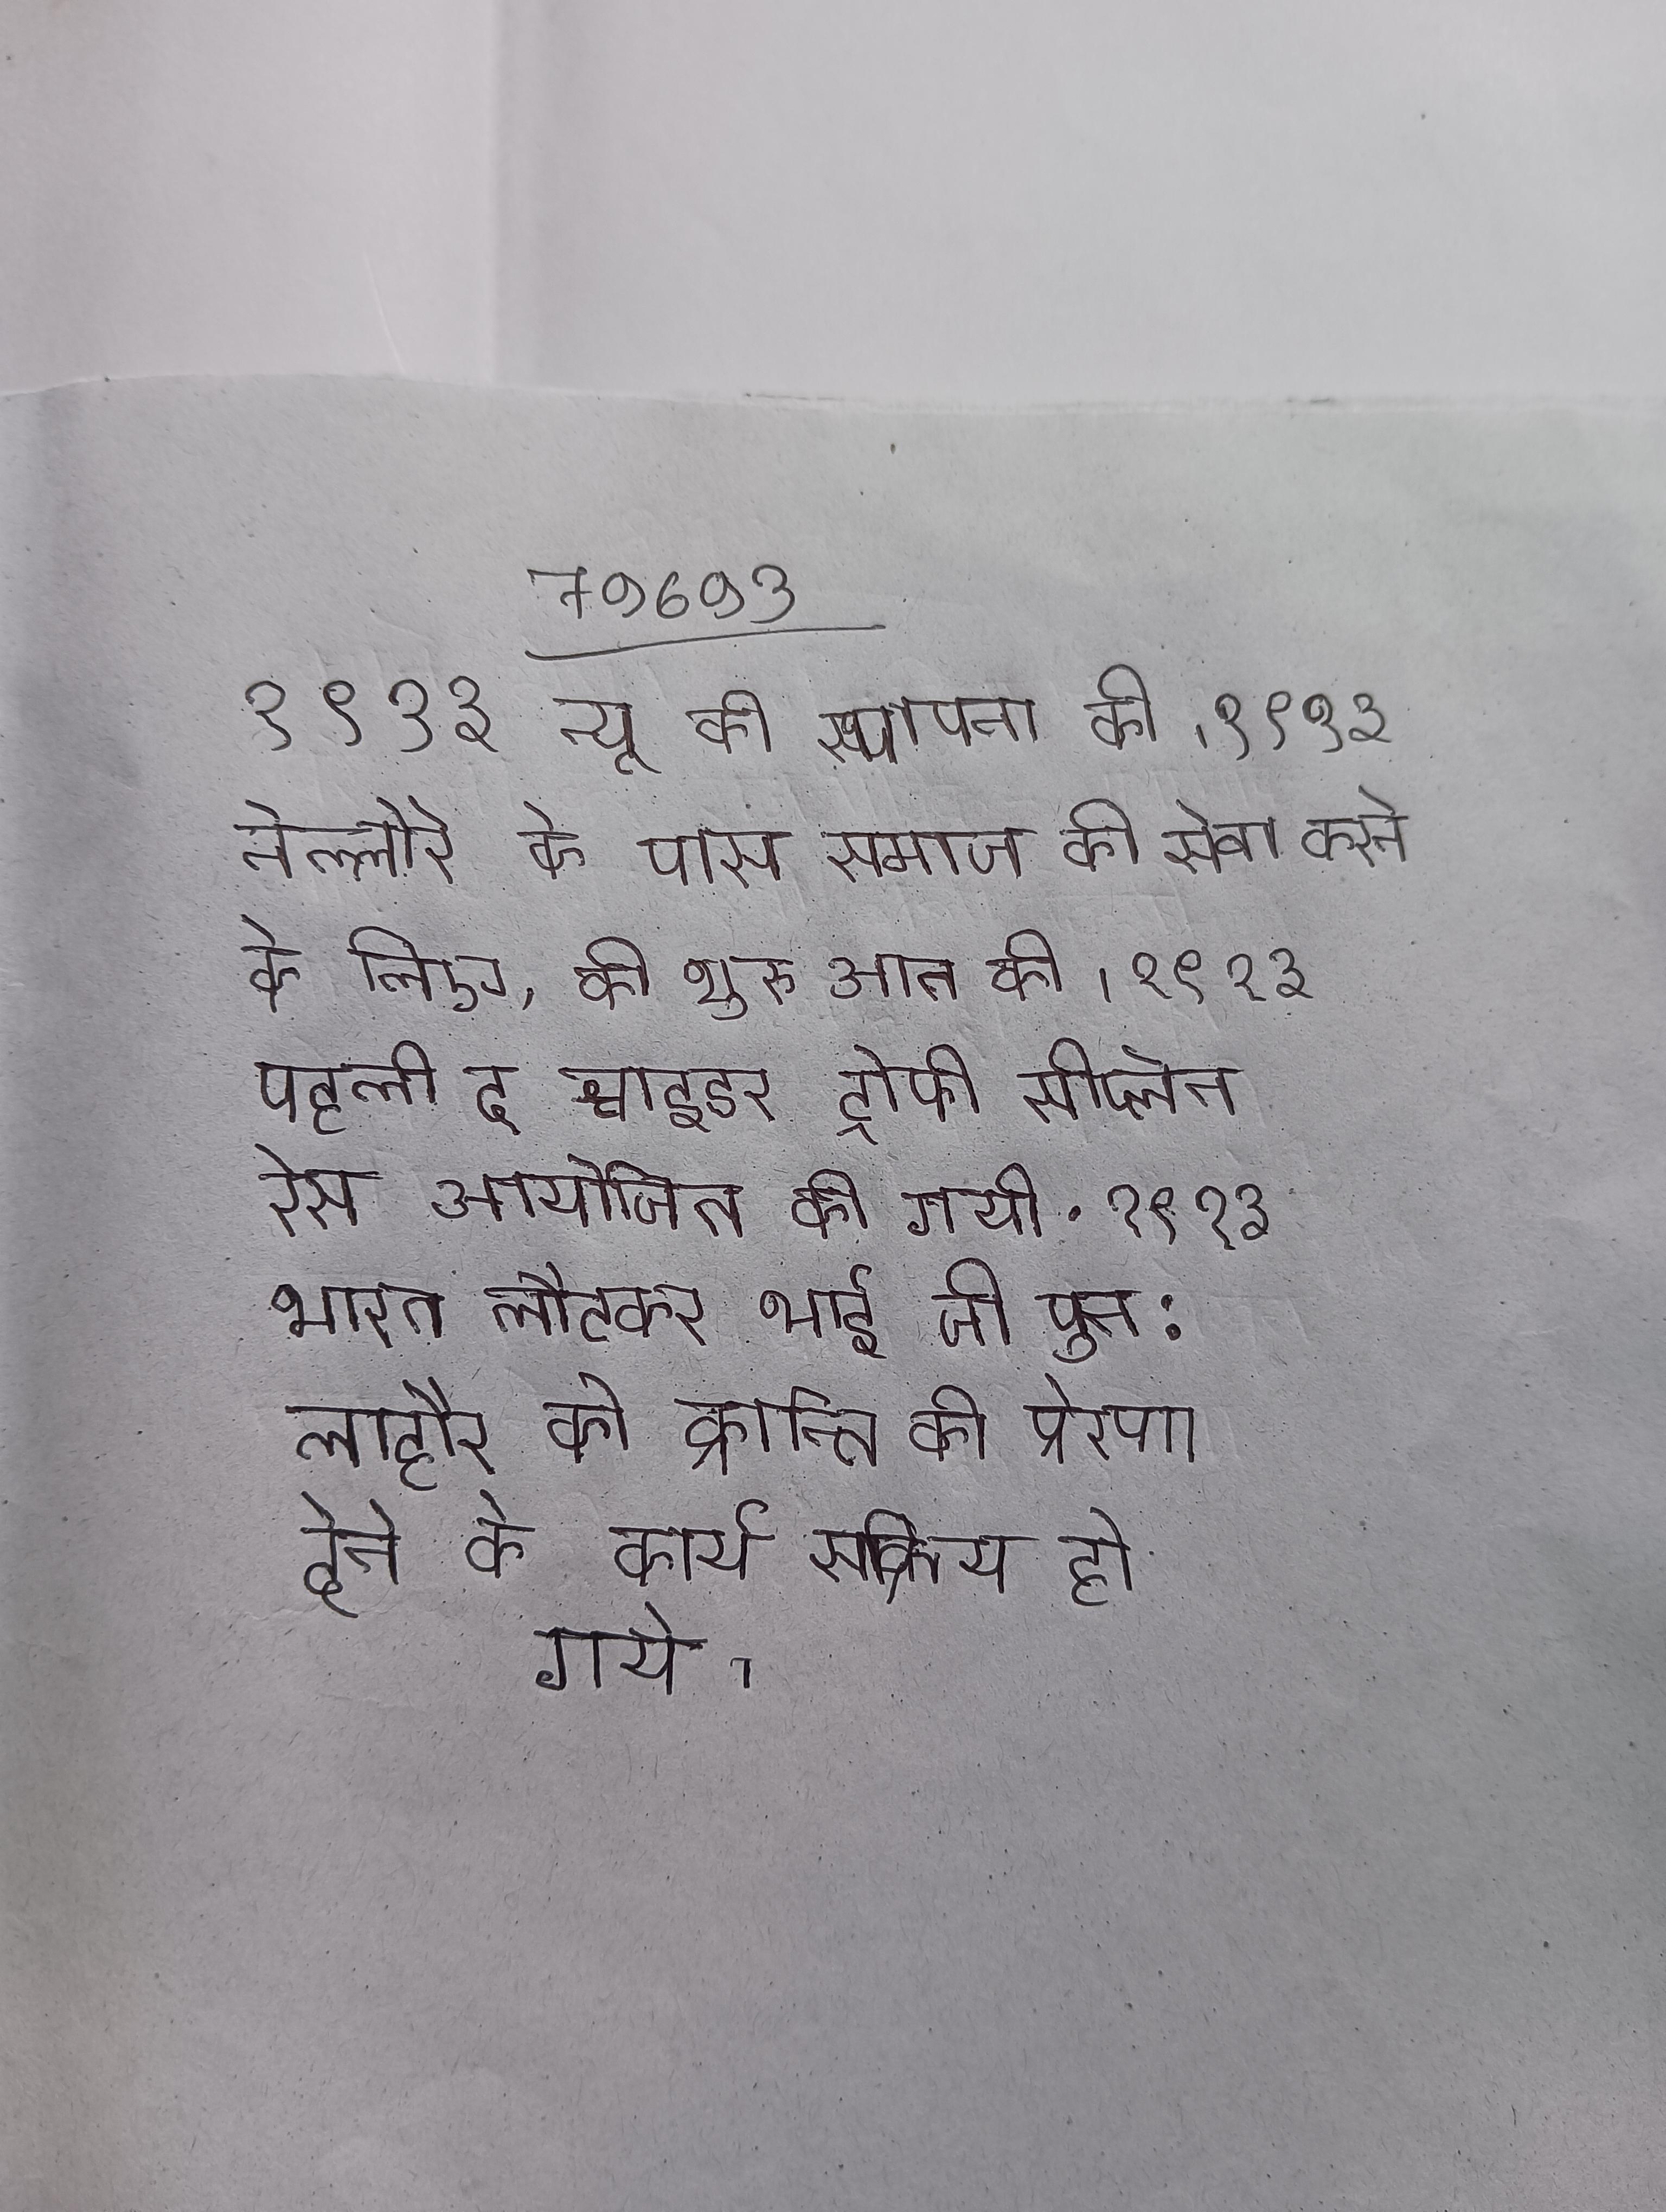
१९१३ न्यू की स्थापना की । १९१३ नेल्लोरे के पास समाज की सेवा करने के लिए, की शुरुआत की । १९१३ पहली द श्नाइडर ट्रोफी सीप्लेन रेस आयोजित की गयी . १९१३ भारत लौटकर भाई जी पुन: लाहौर को क्रान्ति की प्रेरणा देने के कार्य सक्रिय हो गये ।